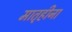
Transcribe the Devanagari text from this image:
मातृहीना